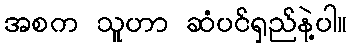
အစက သူဟာ ဆံပင်ရှည်နဲ့ပါ။